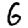
Digit: 6